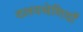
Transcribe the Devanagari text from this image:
वलयश्रेणियाँ